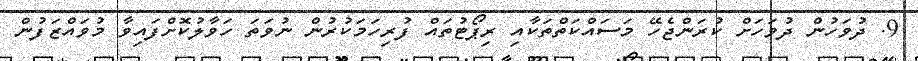
9. ދުވަހުން ދުވަހަށް ކުރަންޖެހޭ މަސައްކަތްތަކާއި ރިޕޯޓުތައް ފުރިހަމަކުރުން ނުވަތަ ހަވާލުކޮށްފައިވާ މުވައްޒަފުން